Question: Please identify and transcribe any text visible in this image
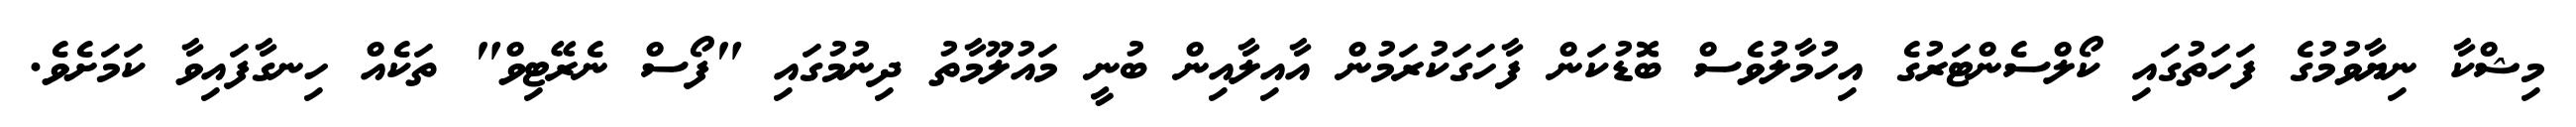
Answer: މިޝްކާ ނިޔާވުމުގެ ފަހަތުގައި ކޯލްސެންޓަރުގެ އިހުމާލުވެސް ބޮޑުކަން ފާހަގަކުރަމުން އާއިލާއިން ބުނީ މައުލޫމާތު ދިނުމުގައި "ފޯސް ނެރޭޓިވް" ތަކެއް ހިނގާފައިވާ ކަމަށެވެ.